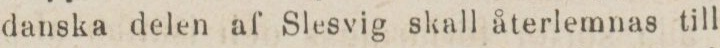
danska delen af Slesvig skall återlemnas till